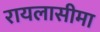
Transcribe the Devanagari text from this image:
रायलासीमा